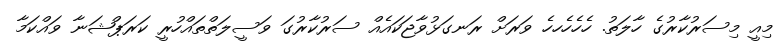
މިއީ މިސަރުކާރުގެ ހާލަތު. ހެހެހެހހެ ވަރަށް ރަނގަޅުވާޖަކައެއް ސަރުކާރުގަ ވަސީލަތްތައްހުރީ ކަރަޕްޝަނާ ވައްކަމާ